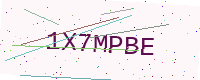
Text: 1X7MPBE